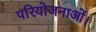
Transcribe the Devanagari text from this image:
परियोजनाओं।